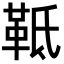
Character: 䩚